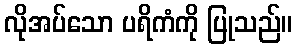
လိုအပ်သော ပရိကံကို ပြုသည်။